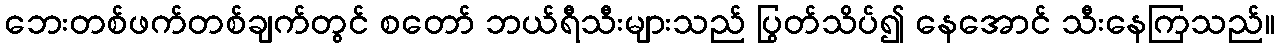
ဘေးတစ်ဖက်တစ်ချက်တွင် စတော် ဘယ်ရီသီးများသည် ပြွတ်သိပ်၍ နေအောင် သီးနေကြသည်။